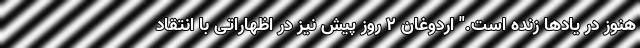
هنوز در یادها زنده است." اردوغان 2 روز پیش نیز در اظهاراتی با انتقاد